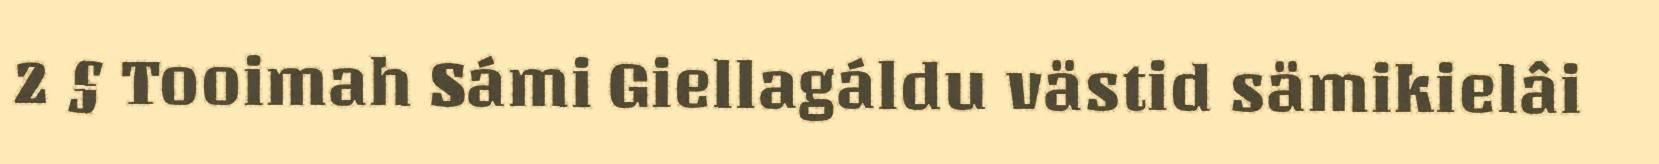
2 § Tooimah Sámi Giellagáldu västid sämikielâi